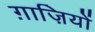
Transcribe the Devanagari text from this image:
ग़ाज़ियों